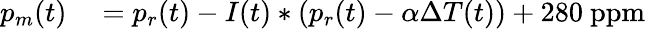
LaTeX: \begin{array}{rl}{p_{m}(t)}&{{}=p_{r}(t)-I(t)\ast(p_{r}(t)-\alpha\Delta T(t))+280~\mathrm{ppm}}\end{array}